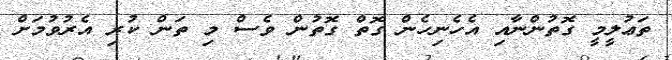
ތަޢުލީމީ ގޮތުންނާއި އެހެނިހެން ގޮތް ގޮތުން ވެސް މި ތަން ކުރި އެރުވުމަށް